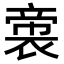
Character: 𭘳